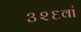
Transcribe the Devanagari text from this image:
३२६वां